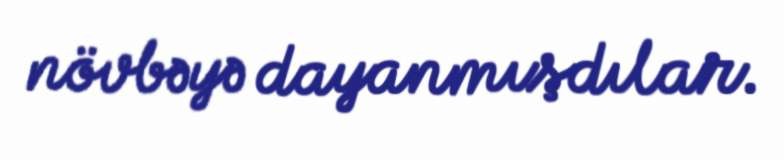
növbəyə dayanmışdılar.